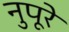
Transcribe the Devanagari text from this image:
नुपूरे